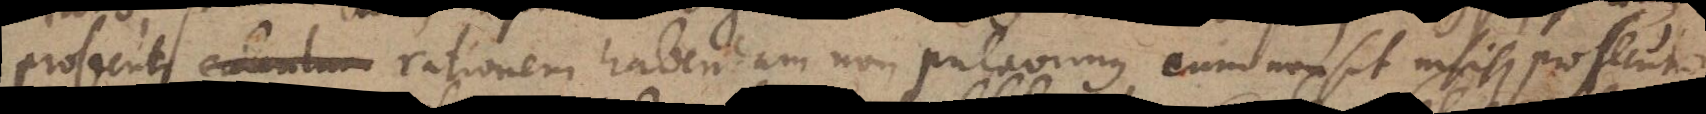
prosecuti calculum rationem habendam non putavimus, cum non sit nisibus prosecutio